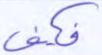
فكف